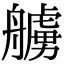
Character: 艣